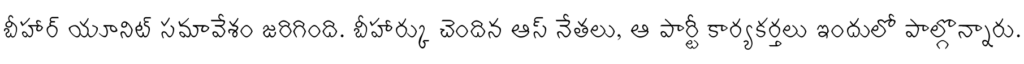
బీహార్ యూనిట్ సమావేశం జరిగింది. బీహార్కు చెందిన ఆప్ నేతలు, ఆ పార్టీ కార్యకర్తలు ఇందులో పాల్గొన్నారు.